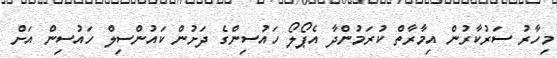
މިހާރު ސަރުކާރުން އިމާރާތް ކުރަމުންދާ އެޕޯލޯ ހައުސިންގެ ދަށުން ކައުންސިލް ހައުސިން އަށް